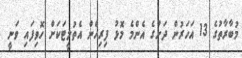
މުބާރާތުގެ 13 އަހަރުން ދަށުގެ އެންމެ މޮޅު ފިރިހެން އެތުލީޓަކަށް ހޮވިފައި ވަނީ